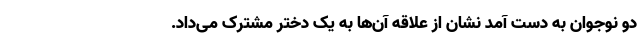
دو نوجوان به دست آمد نشان از علاقه آن‌ها به یک دختر مشترک می‌داد.